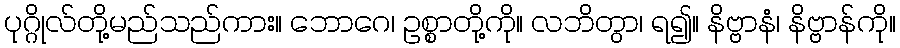
ပုဂ္ဂိုလ်တို့မည်သည်ကား။ ဘောဂေ၊ ဥစ္စာတို့ကို။ လဘိတွာ၊ ရ၍။ နိဗ္ဗာနံ၊ နိဗ္ဗာန်ကို။